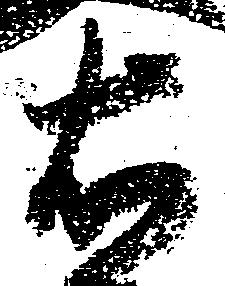
右